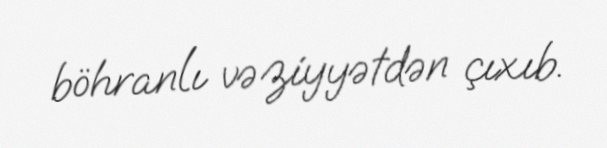
böhranlı vəziyyətdən çıxıb.